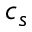
c _ { s }